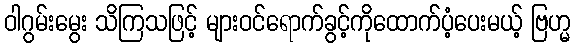
ဝါဂွမ်းမွေး သိကြသဖြင့် များဝင်ရောက်ခွင့်ကိုထောက်ပံ့ပေးမယ့် ဗြဟ္မ